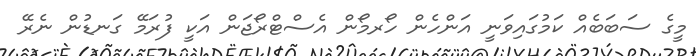
މީގެ ސަބަބެއް ކަމުގައިވަނީ އަންހެން ހޯރމޯން އެސްޓްރޯޖަން އަކީ ފުރަމޭ ގަނޑުން ނެރޭ